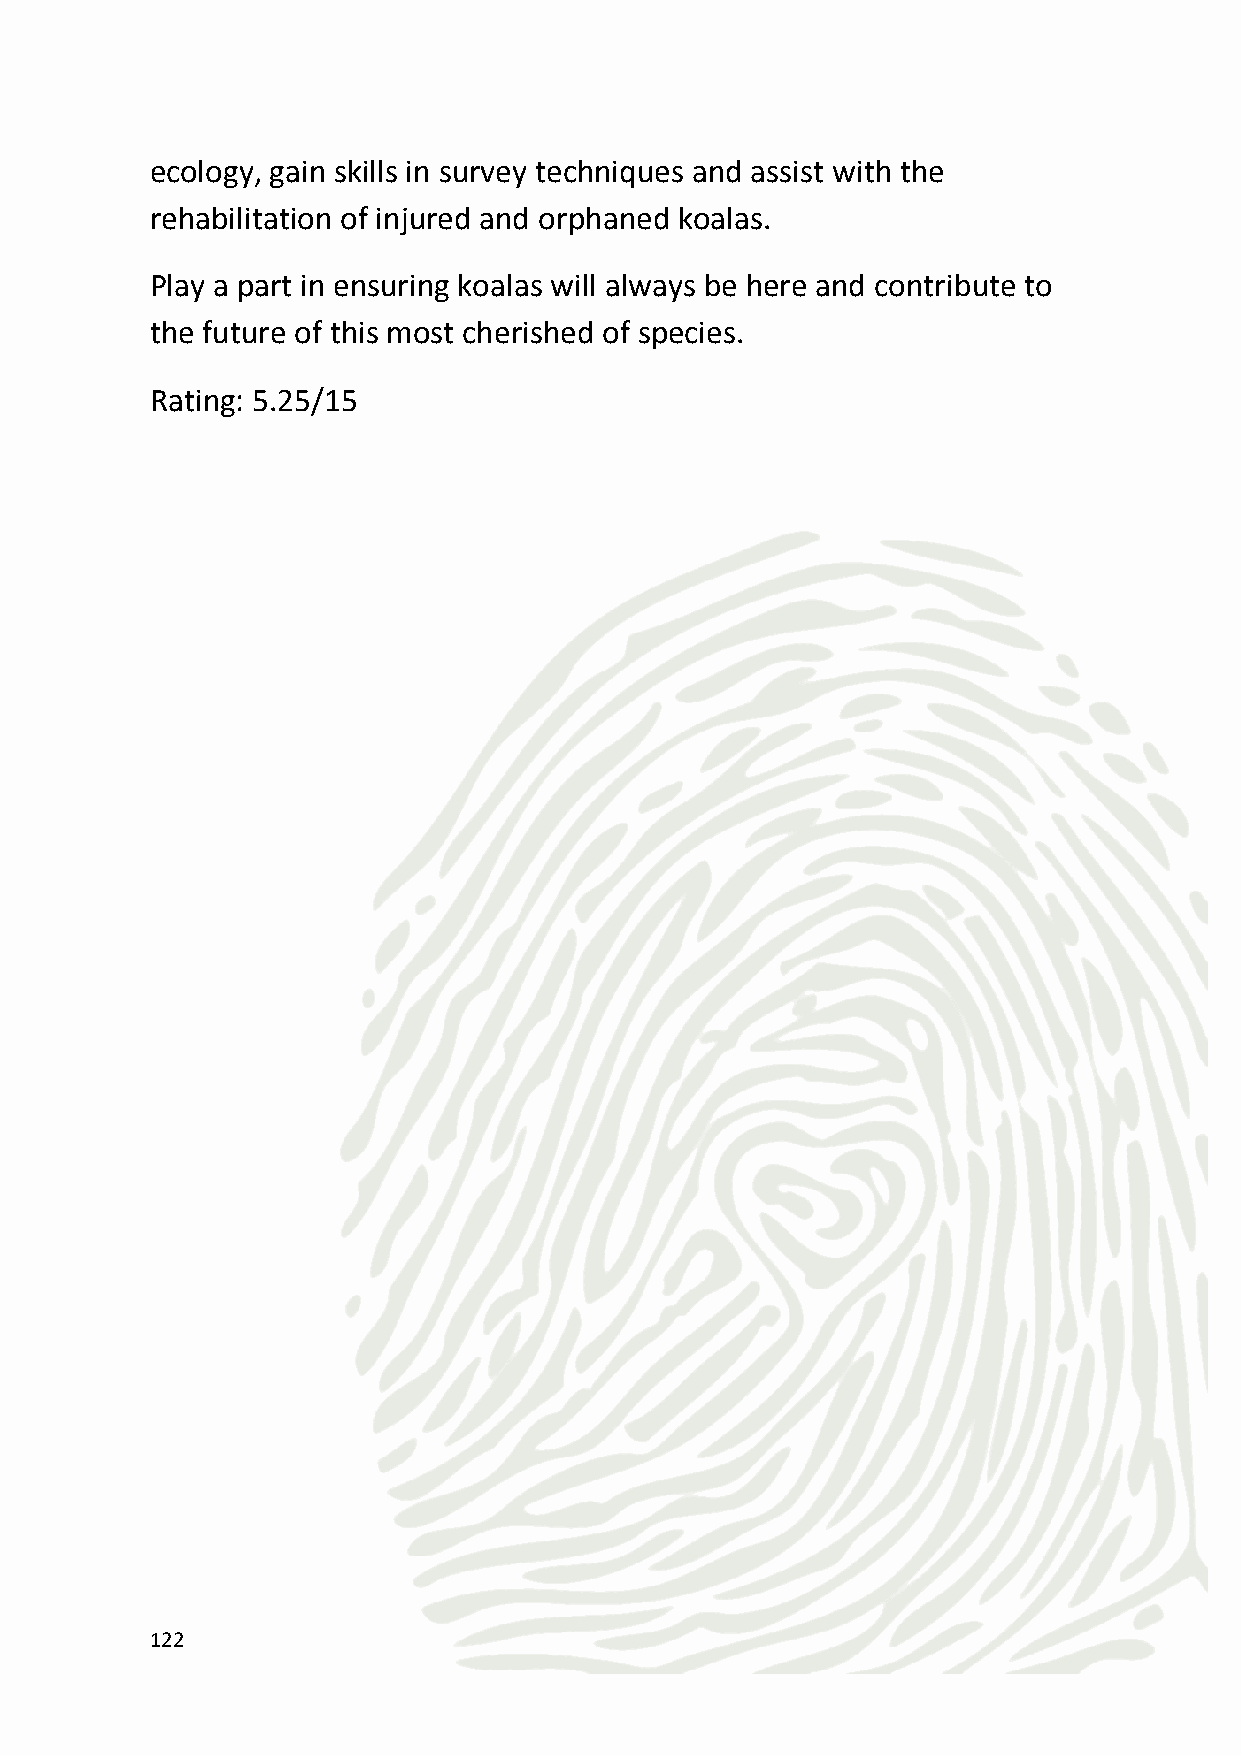
10 Tips for making your event sustainable
 1. Offset – you can offset your flight emissions, and can even
 calculate your overall carbon footprint and offset all of it. We can
 help you arrange this.
 2. Go paperless – use electronic registration, create a website or an
 app for the event, and communicate using the web/email. We can
 assist with this. And for what you do need to print, use recycled
 paper, print on both sides and use vegetable-based inks.
 3. Choose sustainable hotels – the ones in this Guide are a good start
 but we can advise on others in your chosen location.
 4. Reduce, reuse, recycle – require your hotel to provide visible
 recycling services for plastics, paper, metal, and glass. Have your F&B
 providers use bulk dispensers for sugar, salt, pepper, cream and
 other condiments. You can even donate leftover food to local soup
 kitchens, pantries and shelters
 5. Choose eco-transport – this includes hybrid, bio-diesel, electric
 vehicles or at least ones that offset their emissions. Consider using
 public transport and walking or bike riding if feasible.
 6. Eat local – use restaurants that source their ingredients locally, in
 season, buy organic and offer vegetarian options. Request menus
 featuring responsible seafood items and choose restaurants that
 divert food waste from the landfill through composting,
 redistribution of all leftover untouched food to local food banks and
 shelters.
 7. Conserve – look for meeting venues that have excellent natural
 light and will turn off AC and lighting when not in use. Don't book a
 space that's larger than the number of guests you plan to have
 123